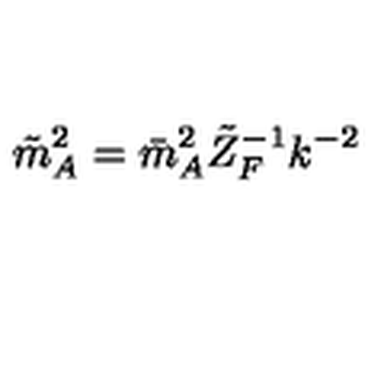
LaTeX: \tilde { m } _ { A } ^ { 2 } = \bar { m } _ { A } ^ { 2 } \tilde { Z } _ { F } ^ { - 1 } k ^ { - 2 }